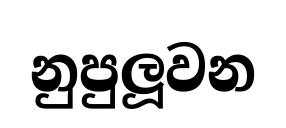
නුපුලූවන